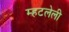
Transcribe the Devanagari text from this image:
म्हटलेली